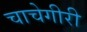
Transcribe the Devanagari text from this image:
चाचेगीरी